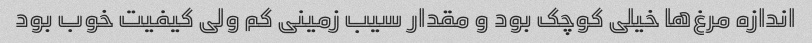
اندازه مرغ‌ها خیلی کوچک بود و مقدار سیب زمینی کم ولی کیفیت خوب بود